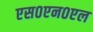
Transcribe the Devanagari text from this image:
एस०एन०एल